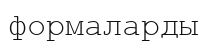
формаларды